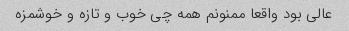
عالی بود واقعا ممنونم همه چی خوب و تازه و خوشمزه